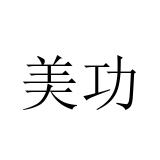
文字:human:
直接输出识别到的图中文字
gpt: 美功